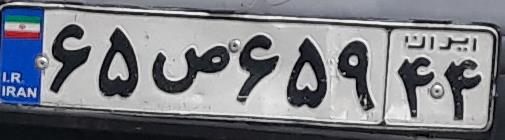
۶۵ص۶۵۹۴۴